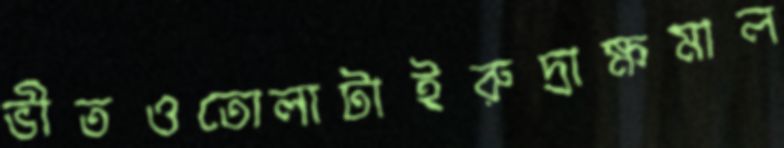
ভীতওতোলাটাইরুদ্রাক্ষমাল